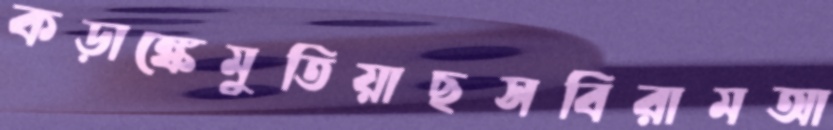
কড়াঙ্কেমুতিয়াছসবিরামআ